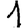
Digit: 1